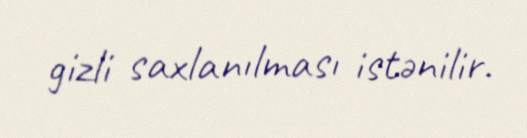
gizli saxlanılması istənilir.